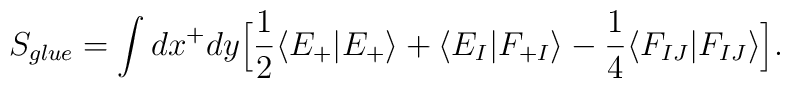
S_{glue} = \int dx^+dy\Big[\frac{1}{2}\langle E_+|E_+\rangle + \langle E_I|F_{+I}\rangle -\frac{1}{4}\langle F_{IJ}|F_{IJ}\rangle\Big].